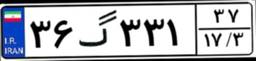
۳۶گ۳۳۱۳۷